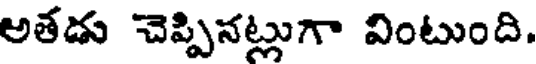
అతడు చెప్పినట్లుగా వింటుంది.